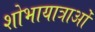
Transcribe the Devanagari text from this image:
शोभायात्राओं